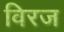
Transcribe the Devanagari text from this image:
विरज